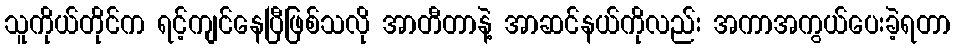
သူကိုယ်တိုင်က ရင့်ကျင်နေပြီဖြစ်သလို အာတီတာနဲ့ အာဆင်နယ်ကိုလည်း အကာအကွယ်ပေးခဲ့ရတာ